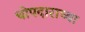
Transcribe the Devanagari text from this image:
चोपदाराच्या